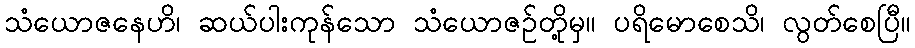
သံယောဇနေဟိ၊ ဆယ်ပါးကုန်သော သံယောဇဉ်တို့မှ။ ပရိမောစေသိ၊ လွတ်စေပြီ။